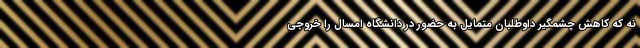
نه که کاهش چشمگیر داوطلبان متمایل به حضور در دانشگاه امسال را خروجی